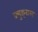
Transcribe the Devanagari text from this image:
क्र्युझ्नाख